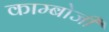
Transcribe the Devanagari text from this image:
काम्बोजी